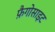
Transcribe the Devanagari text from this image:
फ़ैगोसाइट